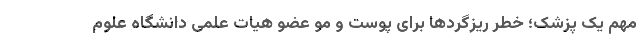
مهم یک پزشک؛ خطر ریزگردها برای پوست و مو عضو هیات علمی دانشگاه علوم